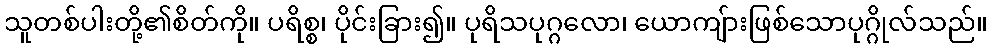
သူတစ်ပါးတို့၏စိတ်ကို။ ပရိစ္စ၊ ပိုင်းခြား၍။ ပုရိသပုဂ္ဂလော၊ ယောကျ်ားဖြစ်သောပုဂ္ဂိုလ်သည်။